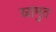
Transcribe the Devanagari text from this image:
स्रामुत